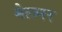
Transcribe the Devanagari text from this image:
मेत्ज्नर